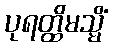
ပုရတ္ထိမသ္မိံ